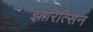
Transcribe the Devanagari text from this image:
झारित्सिन